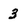
Character: 3